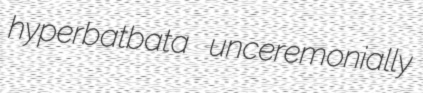
hyperbatbata unceremonially